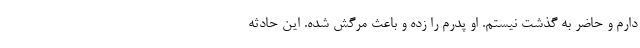
دارم و حاضر به گذشت نیستم. او پدرم را زده و باعث مرگش شده. این حادثه